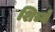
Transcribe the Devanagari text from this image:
शिच्ये